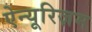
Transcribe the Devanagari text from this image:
ऐन्यूरिज़म